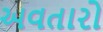
અવતારો